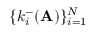
\{ k _ { i } ^ { - } ( \mathbf { A } ) \} _ { i = 1 } ^ { N }